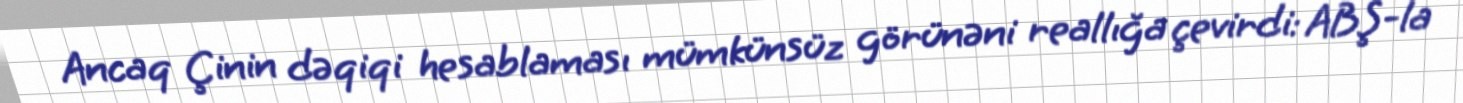
Ancaq Çinin dəqiqi hesablaması mümkünsüz görünəni reallığa çevirdi: ABŞ-la